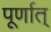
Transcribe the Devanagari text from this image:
पूर्णात्